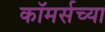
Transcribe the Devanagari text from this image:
कॉमर्सच्या